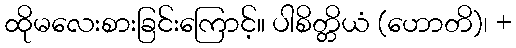
ထိုမလေးစားခြင်းကြောင့်။ ပါစိတ္တိယံ (ဟောတိ)၊ +